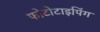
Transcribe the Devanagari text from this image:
फोटोटाइपिंग